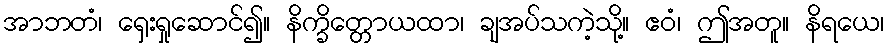
အာဘတံ၊ ရှေးရှုဆောင်၍။ နိက္ခိတ္တောယထာ၊ ချအပ်သကဲ့သို့။ ဧဝံ၊ ဤအတူ။ နိရယေ၊